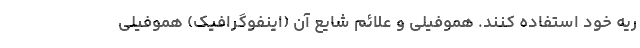
ریه خود استفاده کنند. هموفیلی و علائم شایع آن (اینفوگرافیک) هموفیلی